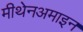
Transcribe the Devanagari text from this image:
मीथेनअमाइन